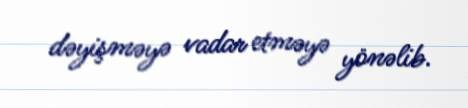
dəyişməyə vadar etməyə yönəlib.